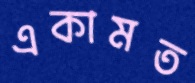
একামত